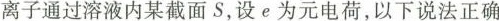
离子通过溶液内某截面S，设e为元电荷，以下说法正确